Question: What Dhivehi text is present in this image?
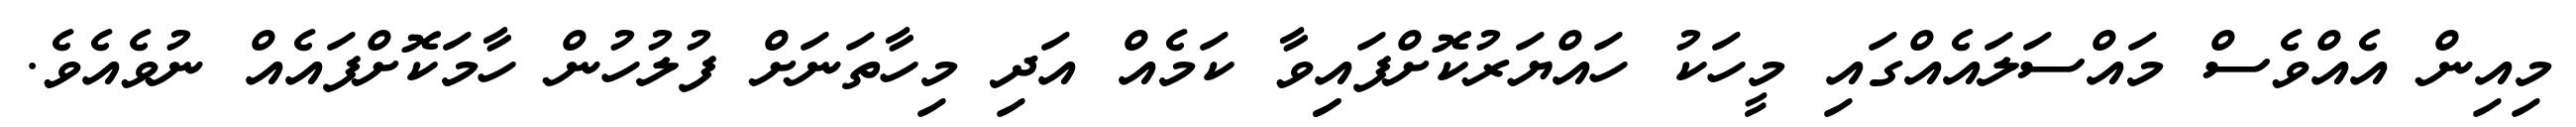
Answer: މިއިން އެއްވެސް މައްސަލައެއްގައި މީހަކު ހައްޔަރުކޮށްފައިިވާ ކަމެއް އަދި މިހާތަނަށް ފުލުހުން ހާމަކޮށްފައެއް ނުވެއެވެ.